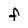
Character: f